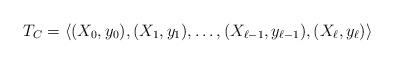
LaTeX: \begin{align*} T_C= \left\langle (X_0,y_0), (X_1, y_1), \ldots, (X_{\ell-1}, y_{\ell-1}), (X_{\ell}, y_{\ell}) \right\rangle\end{align*}